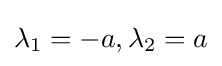
\lambda _{1}=-a,\lambda _{2}=a